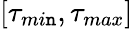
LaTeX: [\tau_{mi\mathtt{n}},\tau_{max}]